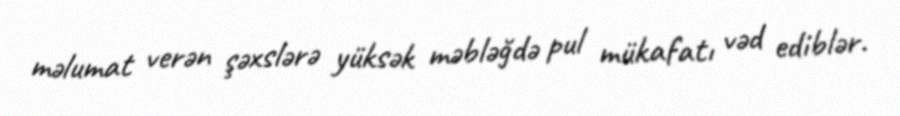
məlumat verən şəxslərə yüksək məbləğdə pul mükafatı vəd ediblər.